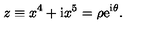
z \equiv x ^ { 4 } + \mathrm { i } x ^ { 5 } = \rho \mathrm { e } ^ { \mathrm { i } \theta } .